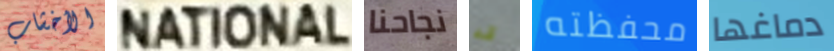
الأخشاب NATIONAL نجاحنا قد محفظته دماغها